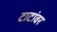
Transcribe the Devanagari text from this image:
टाटांवर